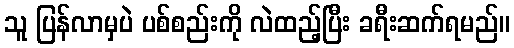
သူ ပြန်လာမှပဲ ပစ်စည်းကို လဲထည့်ပြီး ခရီးဆက်ရမည်။